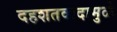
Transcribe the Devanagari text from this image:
दहशतवादामुळे